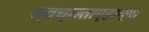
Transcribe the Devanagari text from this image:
स्वच्छतागृहाच्या